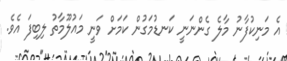
އެ މަނިކުފާނު މާލެ ގެންނަނީ ކަނޑުމަގުން ކަމަށް ވަނީ މައުލޫމާތު ލިބިފަ އެވެ.